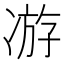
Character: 𭂗